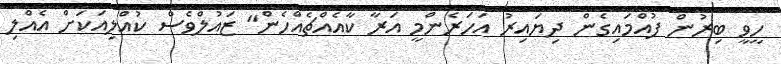
ހީވީ ބިރުން ފުއްމައިގެން ދިޔައިރު އަހަރެންމީ އަރާ ކާއެއްޗެއްހެން" ޒައުލްވެސް ކުއްލިއަކަށް އެއްލި